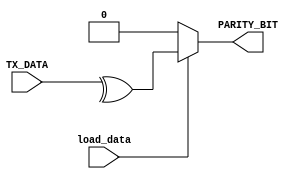
`timescale 1ns / 1ps
//////////////////////////////////////////////////////////////////////////////////
// Company: 
// Engineer: 
// 
// Design Name: 
// Module Name:    parity_generator 
// Project Name: 
// Target Devices: 
// Tool versions: 
// Description: 
//
// Dependencies: 
//
// Revision: 
// Revision 0.01 - File Created
// Additional Comments: 
//
//////////////////////////////////////////////////////////////////////////////////
module parity_generator(PARITY_BIT,TX_DATA,load_data);
output reg PARITY_BIT;
input [7:0]TX_DATA;
input load_data;
always@(*)
begin
if(load_data)
PARITY_BIT = ^TX_DATA;
else
PARITY_BIT=1'b0;
end
endmodule